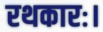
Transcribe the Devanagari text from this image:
रथकारः।